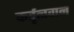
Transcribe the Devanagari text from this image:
कर्तृत्‍ववान